Medical and sanitary report of the native army of Bengal for the year
Year: 1877
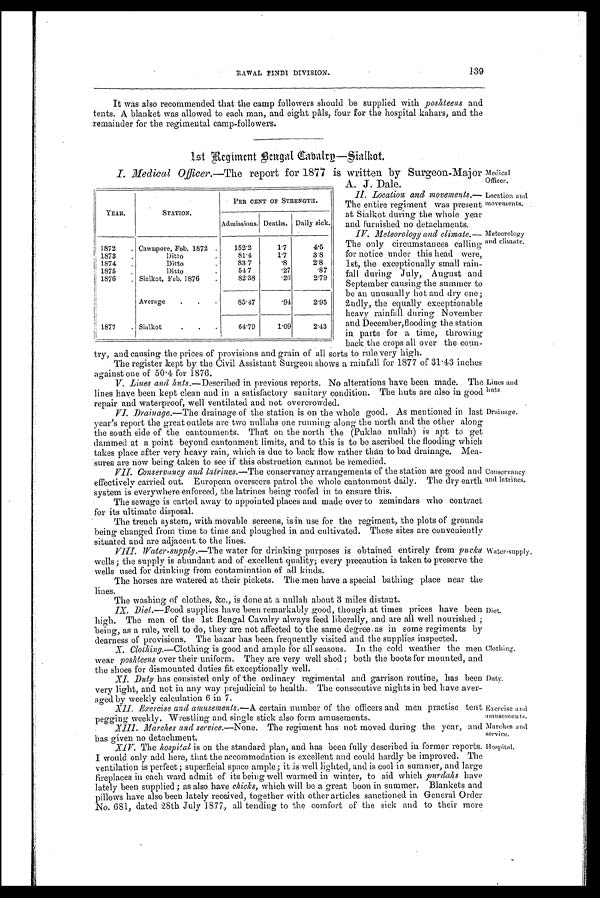
Medical
Officer,
Lines and
huts.
Drainage.
Conservancy
and latrines.
Water-supply.
Diet.
Clothing.
Duty.
Exercise and
amusements.
Marches and
service.
Hospital.
Location and
movements.
Meteorology
and climate.
RAWAL PINDI DIVISION.
139
It was also recommended that the camp followers should be supplied with poshteens and
tents. A blanket was allowed to each man, and eight pâls, four for the hospital kahars, and the
remainder for the regimental camp-followers.
1 s t R e g i m e n t B e n g a l C a b a l r y — S i a l k o t
I. Medical Officer.—The report for 1877 is written by Surgeon-Major
A. J. Dale.
II . Location and movements.—
The entire regiment was present
at Sialkot during the whole year
and furnished no detachments.
IV . Meteorology and climate.—
The only circumstances calling
for notice under this head were,
1st, the exceptionally small rain-
fall during July, August and
September causing the Summer to
be an unusually hot and dry one;
2ndly, the equally exceptionable
heavy rainfall during November
and December, flooding the station
in parts for a time, throwing
back the crops all over the coun-
try, and causing the prices of provisions and grain of all sorts to rule very high.
The register kept by the Civil Assistant Surgeon shows a rainfall for 1877 of 31.43 inches
against one of 50.4 for 1876.
V.
Lines and huts .—Described in previous reports. No alterations have been made. The
lines have been kept clean and in a satisfactory sanitary condition. The huts are also in good
repair and waterproof, well ventilated and not overcrowded.
VI.
Drainage.— The drainage of the station is on. the whole good. As mentioned in last
year's report the great outlets are two nullahs one running along the north and the other along
the south side of the cantonments. That on the north the (Puklao nullah) is apt to get
dammed at a point beyond cantonment limits, and to this is to be ascribed the flooding which
takes place after very heavy rain, which is due to back flow rather than to bad drainage. Mea-
sures are now being taken to see if this obstruction cannot be remedied.
VII.
Conservancy and latrines.— The conservancy arrangements of the station are good and
effectively carried out. European overseers patrol the whole cantonment daily. The dry earth
system is everywhere enforced, the latrines being roofed in to ensure this.
The sewage is carted away to appointed places and made over to zemindars who contract
for its ultimate disposal.
The trench system, with movable screens, is in use for the regiment, the plots of grounds
being changed from time to time and ploughed in and cultivated. These sites are conveniently
situated and are adjacent to the lines.
VIII.
Water-supply.—The water for drinking purposes is obtained entirely from pucka
wells; the supply is abundant and of excellent quality; every precaution is taken to preserve the
wells used for drinking from contamination of all kinds.
The horses are watered at their pickets. The men have a special bathing place near the
lines.
The washing of clothes, &c., is done at a nullah about 3 miles distant.
IX.
Diet.— Food supplies have been remarkably good, though at times prices have been
high. The men of the 1st Bengal Cavalry always feed liberally, and are all well nourished ;
being, as a rule, well to do, they are not affected to the same degree as in some regiments by
dearness of provisions. The bazar has been frequently visited and the supplies inspected.
X.
Clothing. — C l o t h i n g i s g o o d a n d a m p l e f o r a l l s e a s o n s . I n t h e c o l d w e a t h e r t h e m e n
wear poshteens over their uniform. They are very well shod; both the boots for mounted, and
the shoes for dismounted duties fit exceptionally well.
XI.
Duty - has consisted only of the ordinary regimental and garrison routine, has been
very light, and not in any way prejudicial to health. The consecutive nights in bed have aver-
aged by weekly calculation 6 in 7.
XII.
Exercise and amusements.— A certain number of the officers and man practise tent
pegging weekly. Wrestling and single stick also form amusements.
XIII. Marches and service.—None . The regiment has not moved during the year, and
has given no detachment.
XIV. The hospital is on the standard plan, and has been fully described in former reports.
I would only add here, that the accommodation is excellent and could hardly be improved. The
ventilation is perfect ; superficial space ample; it is well lighted, and is cool in summer, and large
fireplaces in each ward admit of its being well warmed in winter, to aid which purdahs have
lately been, supplied; as also have chicks, which will be a great boon in summer. Blankets and
pillows have also been lately received, together with other articles sanctioned in General Order
No. 681, dated 28th July 1877, all tending to the comfort of the sick and to their more
YEAR.
STATION.
PER CENT OF STRENGTH.
Admissions. Deaths. Daily sick.
1872
. Cawupore, Feb. 1872
.
152.2
1 . 7
4 . 5
1873
.
Ditto
.
8 1 . 4
1.7
3.8
1874
.
Ditto
.
83.7
.8
2.8
1875
.
D i t t o
.
54.7
. 2 7 .87
1876
. Sialkot, Feb. 1876
82.38
. 2 0 2.79
Average
.
.
.
85.47
.94
2.95
1877
. Sialkot
.
.
64.79
1.09
2.43